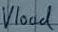
Text: Vload